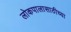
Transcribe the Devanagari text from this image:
लोकपालासाठीच्या